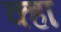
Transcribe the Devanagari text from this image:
क्हा